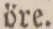
öre.